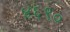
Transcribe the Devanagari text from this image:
४६९०